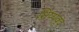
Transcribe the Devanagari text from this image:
शिष्यवृंद